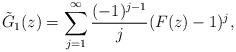
LaTeX: \begin{align*} \tilde G_1(z)= \sum_{j=1}^\infty \frac{(-1)^{j-1}}{j} (F(z)-1)^j,\end{align*}